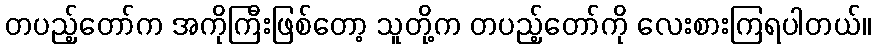
တပည့်တော်က အကိုကြီးဖြစ်တော့ သူတို့က တပည့်တော်ကို လေးစားကြရပါတယ်။